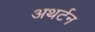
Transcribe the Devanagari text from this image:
अथर्टन